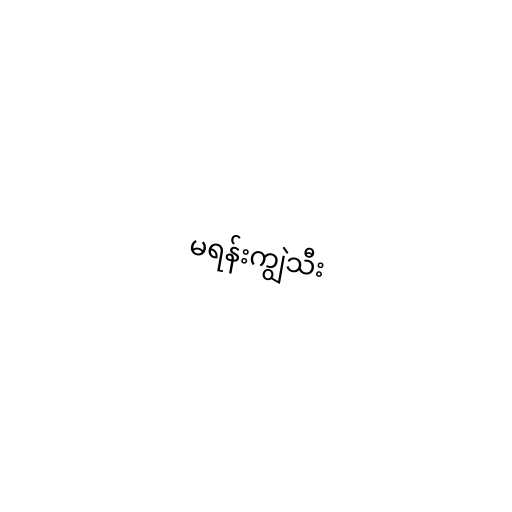
မရန်းကျွဲသီး